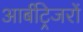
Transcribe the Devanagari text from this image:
आर्बीट्रेजरों